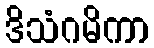
ဒိသံဂမိကာ